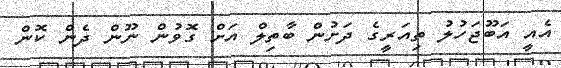
އެއީ އަބޫޖަހުލު ތިއަރީގެ ދަށުން ބާތިލް އަށް ގޮވުން ނޫން ދެން ކޮން